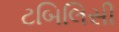
ટબિલિસી